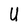
Character: U